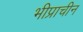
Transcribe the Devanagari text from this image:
भीप्राचीन